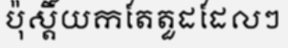
ប៉ុស្តិ៍យកតែតួដដែលៗ